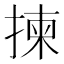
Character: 揀